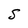
Character: S